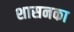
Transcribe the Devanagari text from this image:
शासनका